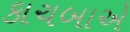
કાચબાએ